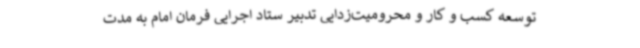
توسعه کسب و کار و محرومیت‌زدایی تدبیر ستاد اجرایی فرمان امام به مدت